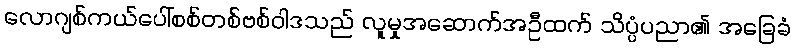
လောဂျစ်ကယ်ပေါ်စစ်တစ်ဗစ်ဝါဒသည် လူမှုအဆောက်အဦထက် သိပ္ပံပညာ၏ အခြေခံ